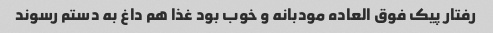
رفتار پیک فوق العاده مودبانه و خوب بود غذا هم داغ به دستم رسوند